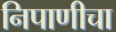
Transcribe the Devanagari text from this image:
निपाणीचा